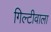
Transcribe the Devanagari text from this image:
गिल्टीवाला